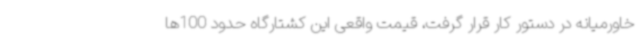
خاورمیانه در دستور کار قرار گرفت، قیمت واقعی این کشتارگاه حدود 100‌ها